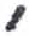
אות: ,